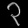
Digit: ၃